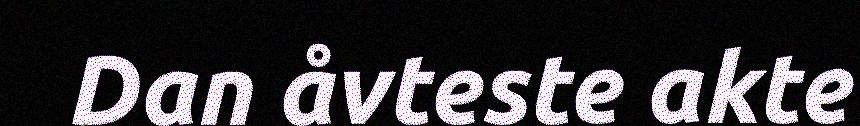
Dan åvteste akte